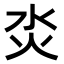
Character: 𤆲